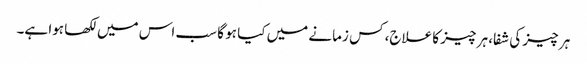
ہر چیز کی شفا، ہر چیز کا علاج، کس زمانے میں کیا ہو گا سب اس میں لکھا ہوا ہے۔